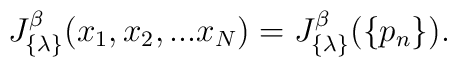
J_{\{ \lambda \} }^{\beta}(x_1, x_2,...x_N)=J_{\{ \lambda \} }^{\beta}(\{ p_n \}).